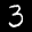
Label: 3